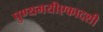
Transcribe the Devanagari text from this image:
पुण्यमयीएकादशी